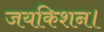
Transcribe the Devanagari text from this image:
जयकिशन।